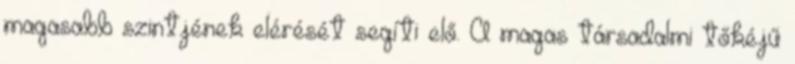
magasabb szintjének elérését segíti elő. A magas társadalmi tőkéjű